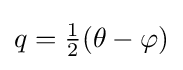
q={\tfrac {1}{2}}(\theta -\varphi )